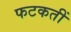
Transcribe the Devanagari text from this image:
फटकतीं